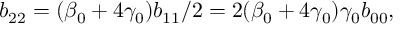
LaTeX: b _ { 2 2 } = ( \beta _ { 0 } + 4 \gamma _ { 0 } ) b _ { 1 1 } / 2 = 2 ( \beta _ { 0 } + 4 \gamma _ { 0 } ) \gamma _ { 0 } b _ { 0 0 } ,